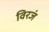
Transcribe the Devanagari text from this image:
विरजं